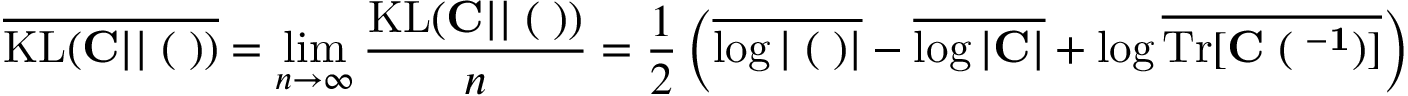
\overline { { \mathrm { K L } ( { \bf C } | | { \bf \Xi } ( { \bf \Lambda } ) ) } } = \operatorname* { l i m } _ { n \to \infty } \frac { \mathrm { K L } ( { \bf C } | | { \bf \Xi } ( { \bf \Lambda } ) ) } { n } = \frac { 1 } { 2 } \left( \overline { { \log | { \bf \Xi } ( { \bf \Lambda } ) | } } - \overline { { \log | { \bf C } | } } + \log \overline { { \mathrm { T r } [ \bf { C \Xi } ( { \bf \Lambda } ^ { - 1 } ) ] } } \right)